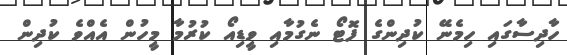
ހާދިސާގައި ހިމެނޭ ކުދިންގެ ފޮޓޯ ނެގުމާއި ވީޑިއޯ ކުރުމާ މީހުން އެއްވެ ކުދިން